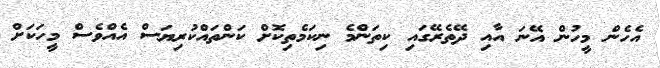
އެހެން މީހުން އޭނަ އާއި ދޭތެރޭގައި ކިތަންމެ ނިކަމެތިކޮށް ކަންތައްކުރިޔަސް އެއްވެސް މީހަކަށް